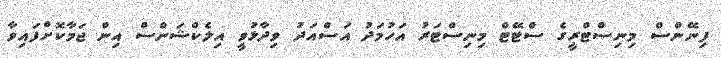
ފިނޭންސް މިނިސްޓްރީގެ ސްޓޭޓް މިނިސްޓަރު އަހުމަދު އަސްއަދު ވިދާޅުވީ އިލެކްޝަންސް އިން ޖަމާކޮށްފައިވާ